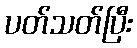
ပတ်သတ်ပြီး